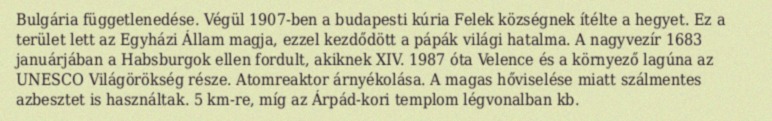
Bulgária függetlenedése. Végül 1907-ben a budapesti kúria Felek községnek ítélte a hegyet. Ez a terület lett az Egyházi Állam magja, ezzel kezdődött a pápák világi hatalma. A nagyvezír 1683 januárjában a Habsburgok ellen fordult, akiknek XIV. 1987 óta Velence és a környező lagúna az UNESCO Világörökség része. Atomreaktor árnyékolása. A magas hőviselése miatt szálmentes azbesztet is használtak. 5 km-re, míg az Árpád-kori templom légvonalban kb.